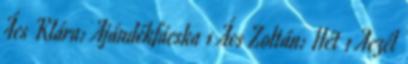
Ács Klára: Ajándékfácska 1 Ács Zoltán: Hét 1 Aczél